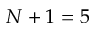
N + 1 = 5